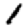
Digit: 1